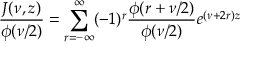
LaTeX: \frac { J ( \nu , z ) } { \phi ( \nu / 2 ) } = \sum _ { r = - \infty } ^ { \infty } ( - 1 ) ^ { r } \frac { \phi ( r + \nu / 2 ) } { \phi ( \nu / 2 ) } e ^ { ( \nu + 2 r ) z }